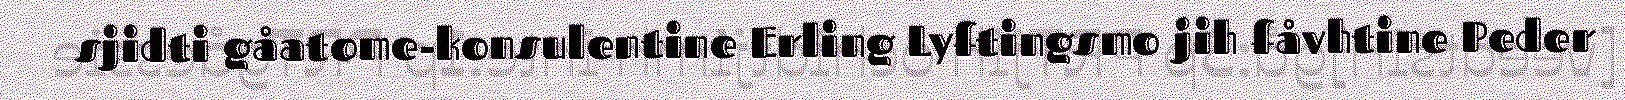
sjidti gåatome-konsulentine Erling Lyftingsmo jih fåvhtine Peder